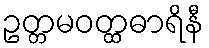
ဥတ္တမဝတ္ထဓာရိနီ